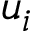
u _ { i }